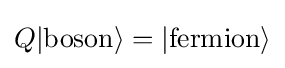
Q|{\text{boson}}\rangle =|{\text{fermion}}\rangle